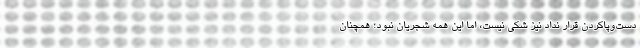
دست‌وپاکردن قرار نداد نیز شکی نیست، اما این همه شجریان نبود؛ همچنان